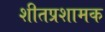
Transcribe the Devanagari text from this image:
शीतप्रशामक